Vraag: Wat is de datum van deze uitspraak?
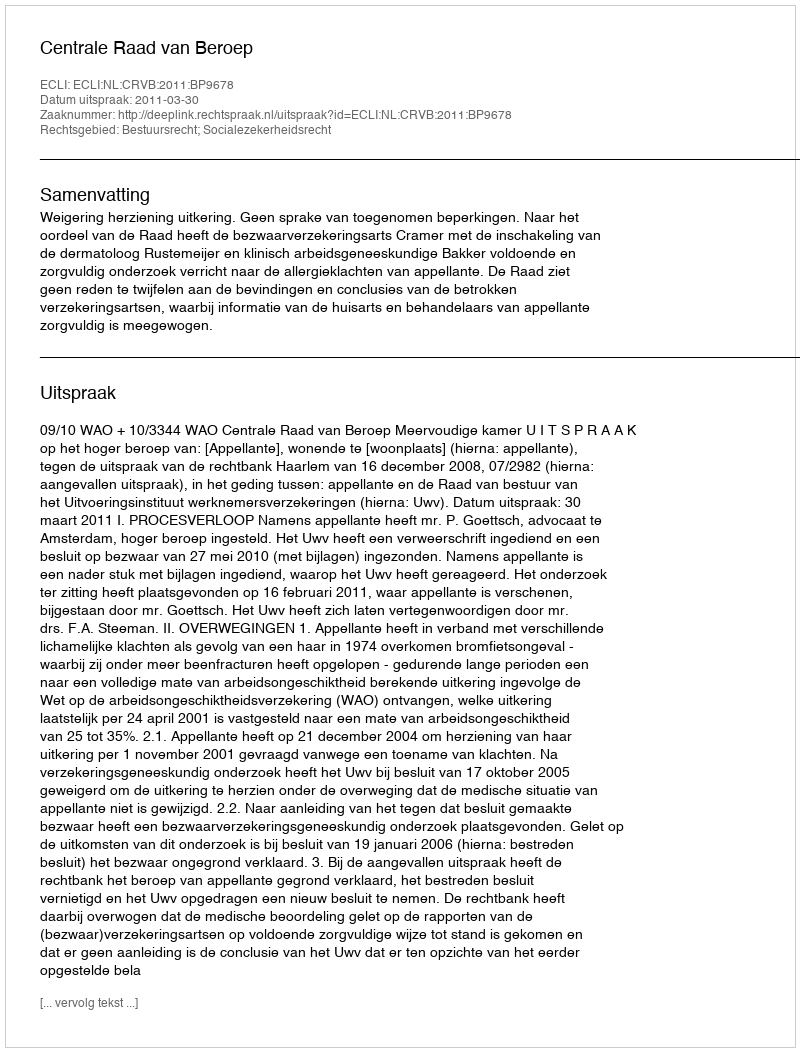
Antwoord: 2011-03-30